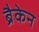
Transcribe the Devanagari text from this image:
ब्रैकेन